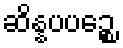
ဆိန္နပပဉ္စေ